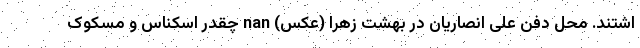
اشتند. محل دفن علی انصاریان در بهشت زهرا (عکس) nan چقدر اسکناس و مسکوک